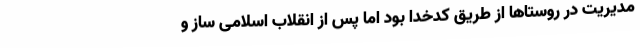
مدیریت در روستاها از طریق کدخدا بود اما پس از انقلاب اسلامی ساز و